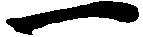
一